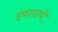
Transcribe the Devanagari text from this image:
इंफाळची